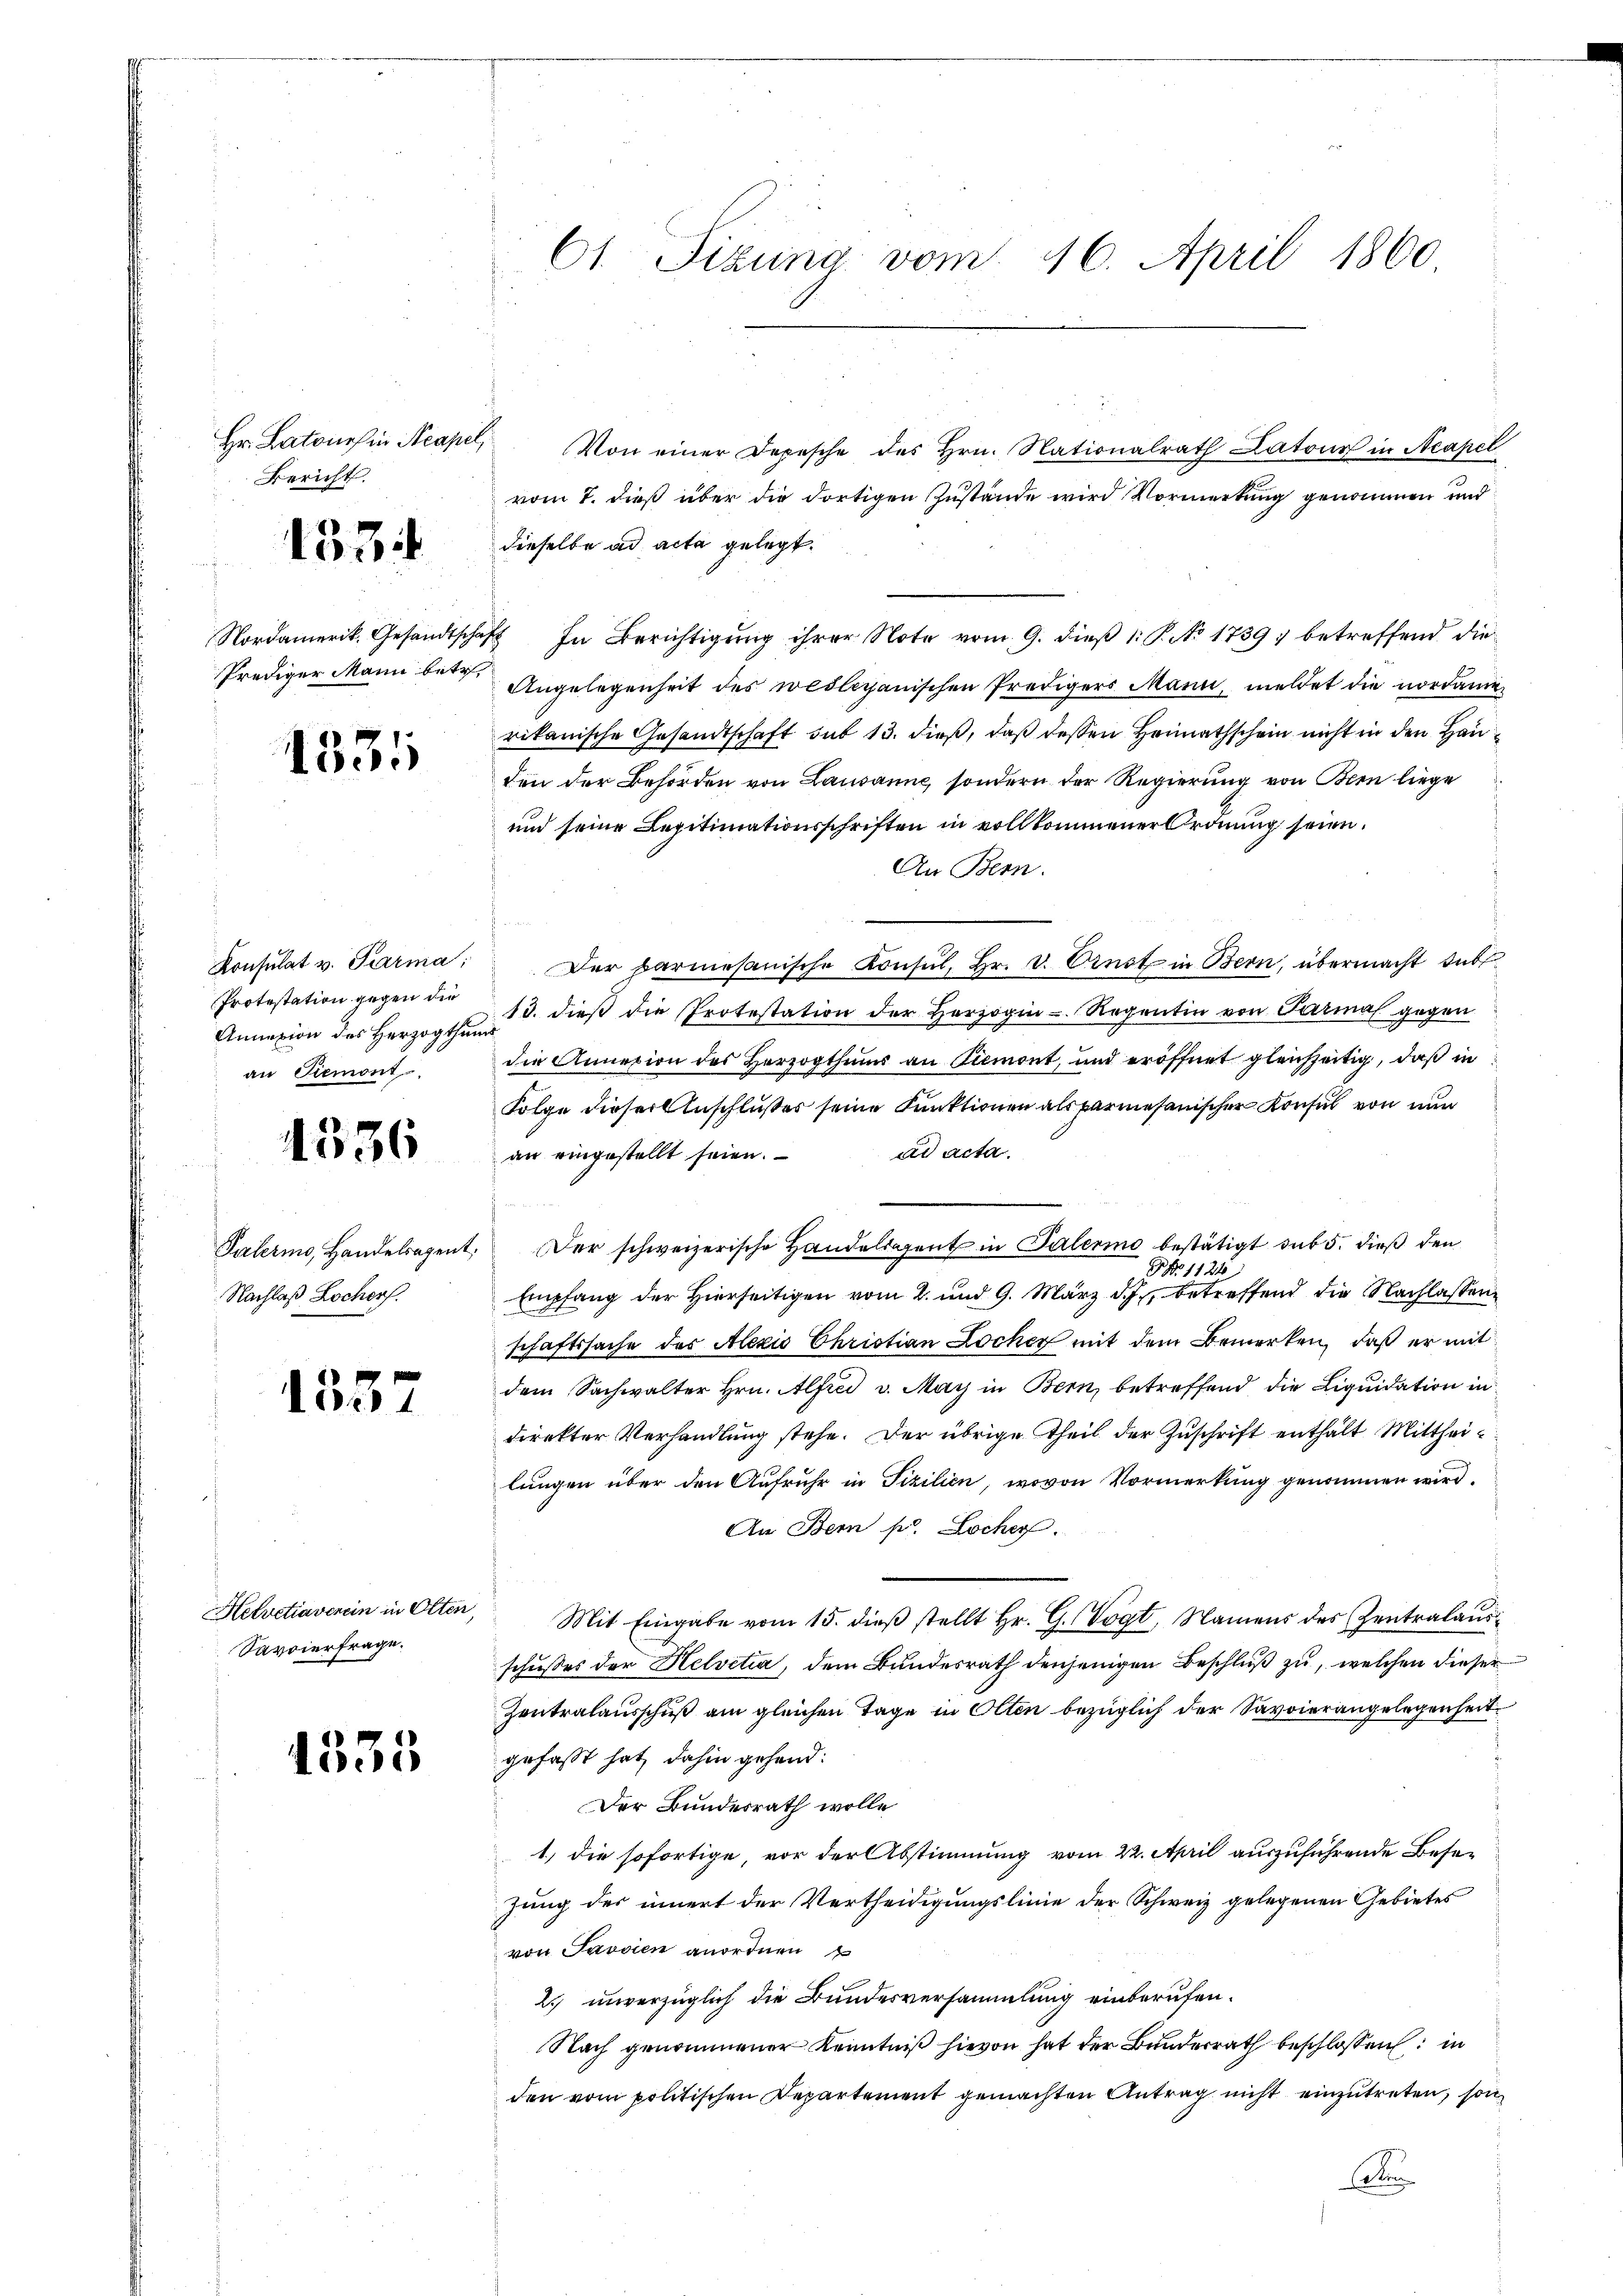
Hr. Latones in Neapel,
Bericht.

1334

Nordamerik. Gesandtschaft
Prediger Mann betr.

1331

Konsulat v. Parma;
Protestation gegen die
Annexion des Herzogthun
an Piemont

1336

Palermo, Handelsagent
Nachlaß Locher.

1357

Helvetiaverein in Olten
Savoierfrage.

4535

61. Titung vom 16. April 1860

Von einer Depesche des Hrn. Nationalrath Latour in Neapel
vom 7. dieß über die dortigen Zustände wird Vormerkung genommen und
dieselbe ad acta gelegt.
 In Berichtigung ihrer Note vom 9. dieß 1: P. No 1739; betreffend die
Angelegenheit des weileganischen Predigers Mann, meldet die nordame
rikanische Gesandtschaft sub 13. dieß, daß dessen Heimathschein nicht in den Hauden der Behörden von Lausanne, sondern der Regierung von Bern liege
und seine Legitimationsschriften in vollkommener Ordnung seien.
An Bern.
Der Parmesanische Konsul, Br. v. Ornst in Bern, übermacht tutt
13. dieß die Protestation der Herzogin - Regentin von Parmal gegen
die Annexion des Herzogthums an Piemont, und eröffnet gleichzeitig, daß in
Folge dieser Anschlußes seine Funktionen als parmesanischer Konsul von nun
ad acta
an eingestellt seien.
Der schweizerische Handelsagent in Palerino bestätigt sub 5. dieß den
P No 1124
Empfang der Hierseitigen vom 2. und 9. März d. J., betreffend die Nachlassen
schaftssache des Alexio Christian Locher mit dem Bemerken, daß er mit
dem Sachwalter Hrn. Alfrei v. May in Bern, betreffend die Liquidation in
direkter Verhandlung stehe. Der übrige Theil der Zuschrift enthält Mittheilungen über den Aufruhr in Fizilien, wovon Vormerkung genommen wird.
An Bern pr. Locher.
Mit Eingabe vom 15. dieß stellt Hr. G. Vogt, Namens des Zentralausschußes der Helvetia, dem Bundesrath denjenigen Beschluß zu, welchen dieser
Zentralausschuß am gleichen Tage in Olten bezüglich der Savoierangelegenheit
gefaßt hat, dahin gehend:
Der Bundesrath wolle
1) die sofortige, vor der Abstimmung vom 22. April auszuführende Besezung des innert der Vertheidigungslinie der Schweiz gelegenen Gebietes
von Savvien anordnen
2. unverzüglich die Bundesversammlung einberufen.
Nach genommener Kenntniß hievon hat der Bundesrath beschlossen: in
den vom politischen Departement gemachten Antrag nicht einzutreten, son
De